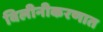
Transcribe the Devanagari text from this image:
विलीनीकरणात